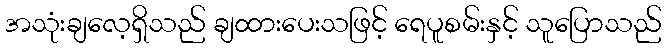
အသုံးချလေ့ရှိသည် ချထားပေးသဖြင့် ရေပူစမ်းနှင့် သူပြောသည်